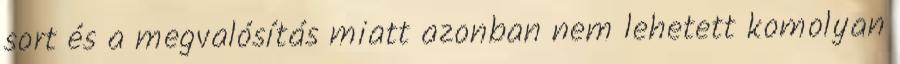
sort és a megvalósítás miatt azonban nem lehetett komolyan